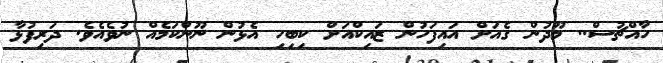
ހާއްޗުސް.. މޫދުން ގެއަށް އައިފަހުން ޒައިކްއަށް ކިބިހި އެޅުން ނޫންކަމެއް ނުވެއެވެ. ދަރިފުޅާ